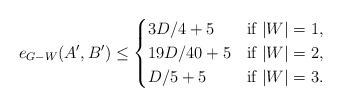
LaTeX: \begin{align*}e_{G- W}(A',B') \le \begin{cases}3D/4+5& \textrm{if $|W|=1$,} \\19D/{40}+5& \textrm{if $|W|=2$,} \\D/5+5& \textrm{if $|W|=3$.}\end{cases}\end{align*}